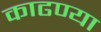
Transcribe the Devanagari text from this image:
काढण्या